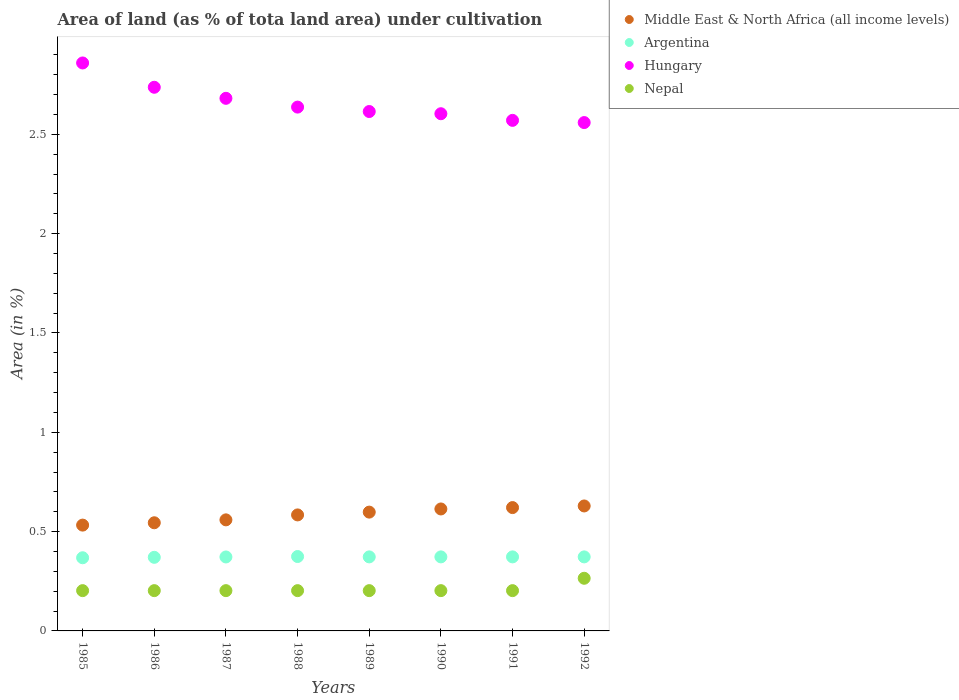
| Years | Middle East & North Africa (all income levels) | Argentina | Hungary | Nepal |
 | --- | --- | --- | --- | --- |
 | 1985 | 0.533 | 0.368 | 2.86 | 0.203 |
 | 1986 | 0.544 | 0.371 | 2.74 | 0.203 |
 | 1987 | 0.559 | 0.372 | 2.68 | 0.203 |
 | 1988 | 0.584 | 0.375 | 2.64 | 0.203 |
 | 1989 | 0.598 | 0.373 | 2.61 | 0.203 |
 | 1990 | 0.614 | 0.373 | 2.6 | 0.203 |
 | 1991 | 0.621 | 0.373 | 2.57 | 0.203 |
 | 1992 | 0.629 | 0.373 | 2.56 | 0.265 |